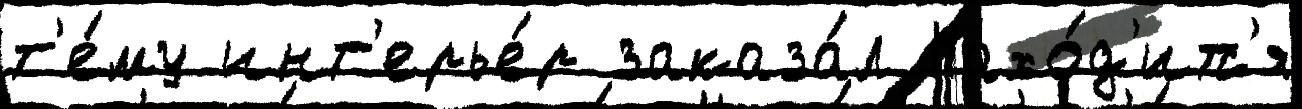
т'е́му инт'ерье́р заказа́л Нахо́д'итс'я